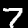
Digit: 7